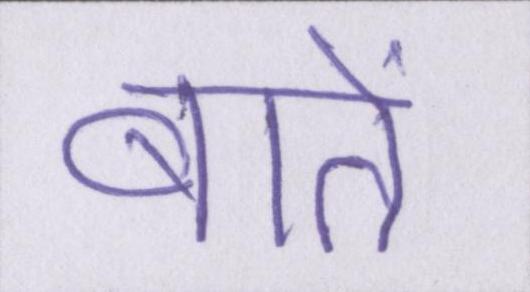
बातें